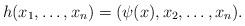
LaTeX: \begin{align*} h(x_1, \ldots, x_n)=(\psi(x), x_2, \ldots, x_n).\end{align*}